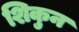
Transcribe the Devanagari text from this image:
शिकुन